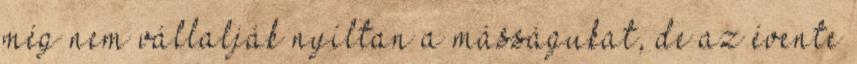
még nem vállalják nyíltan a másságukat, de az évente